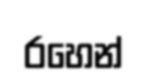
රහෙන්